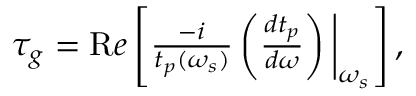
\begin{array} { r } { \tau _ { g } = { \textrm R e } \left[ \frac { - i } { t _ { p } ( \omega _ { s } ) } \left( \frac { d t _ { p } } { d \omega } \right) \bigg | _ { \omega _ { s } } \right] , } \end{array}